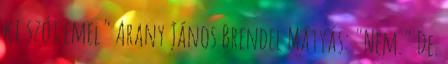
ki szót emel" Arany János Brendel Mátyás: "Nem." De.